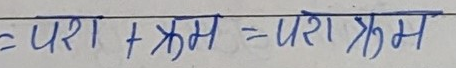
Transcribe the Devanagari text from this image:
परा + क्रम = पराक्रम